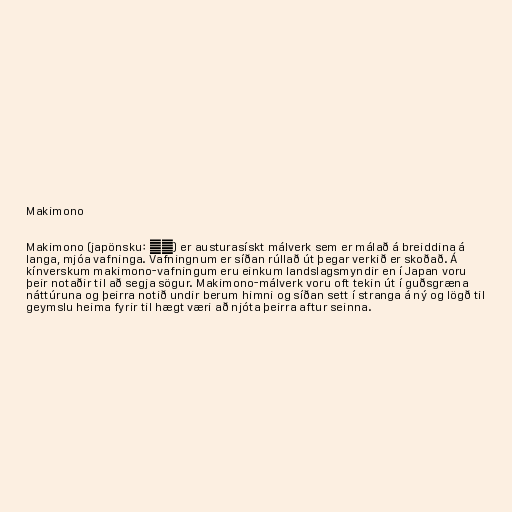
Makimono

Makimono (japönsku: 巻物) er austurasískt málverk sem er málað á breiddina á
langa, mjóa vafninga. Vafningnum er síðan rúllað út þegar verkið er skoðað. Á
kínverskum makimono-vafningum eru einkum landslagsmyndir en í Japan voru
þeir notaðir til að segja sögur. Makimono-málverk voru oft tekin út í guðsgræna
náttúruna og þeirra notið undir berum himni og síðan sett í stranga á ný og lögð til
geymslu heima fyrir til hægt væri að njóta þeirra aftur seinna.